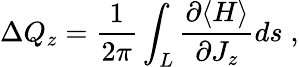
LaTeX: \Delta Q_{z}=\frac{1}{2\pi}\int_{L}\frac{\partial\langle H\rangle}{\partial J_{z}}ds\; ,